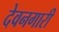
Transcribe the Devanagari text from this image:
देवनगारी